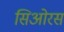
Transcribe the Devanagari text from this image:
सिओरस